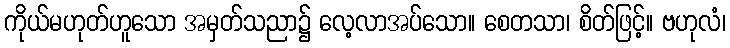
ကိုယ်မဟုတ်ဟူသော အမှတ်သညာ၌ လေ့လာအပ်သော။ စေတသာ၊ စိတ်ဖြင့်။ ဗဟုလံ၊